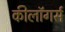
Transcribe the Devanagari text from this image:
कीलॉगर्स